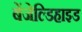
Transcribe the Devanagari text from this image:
बेंजेल्डिहाइड